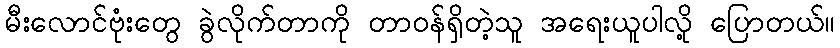
မီးလောင်ဗုံးတွေ ခွဲလိုက်တာကို တာဝန်ရှိတဲ့သူ အရေးယူပါလို့ ပြောတယ်။